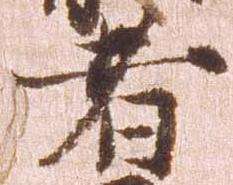
者